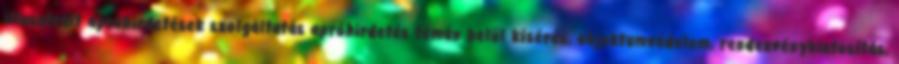
illusztrált apróhirdetések szolgáltatás apróhirdetés témán belül kísérés, objektumvédelem, rendezvénybiztosítás,